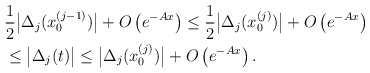
\begin{align*}&\frac{1}{2} \bigl|\Delta_j(x^{(j-1)}_0)\bigr|+O\left(e^{-Ax}\right)\leq \frac{1}{2} \bigl|\Delta_j(x^{(j)}_0)\bigr|+O\left(e^{-Ax}\right) \\ &\leq \bigl|\Delta_j(t)\bigr|\leq \bigl|\Delta_j(x^{(j)}_0)\bigr|+O\left(e^{-Ax}\right).\end{align*}